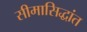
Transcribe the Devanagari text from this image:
सीमासिद्धांत